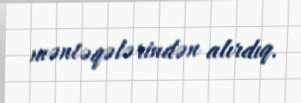
məntəqələrindən alırdıq.